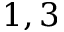
1 , 3